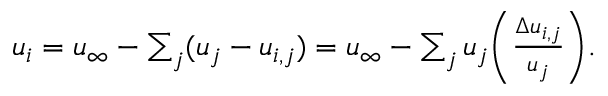
\begin{array} { r } { u _ { i } = u _ { \infty } - \sum _ { j } ( u _ { j } - u _ { i , j } ) = u _ { \infty } - \sum _ { j } u _ { j } \bigg ( \frac { \Delta u _ { i , j } } { u _ { j } } \bigg ) . } \end{array}